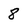
Character: 8